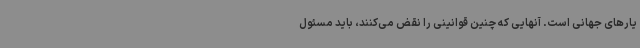
یارهای جهانی است. آنهایی که چنین قوانینی را نقض می‌کنند، باید مسئول